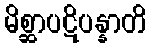
မိစ္ဆာပဋိပန္နာတိ